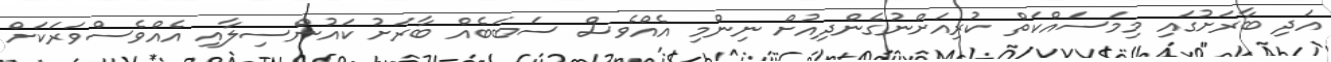
އަދި ބާރަށުގައި މިމަސައްކަތް ކުރިއަށްނުގެންދިއުށް ނިންމި އެއްވެސް ސަބަބެއް ބާރަށު ކައުންސިލާއި އެއްވެސްވަރަކަށް